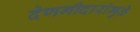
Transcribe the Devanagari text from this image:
देणगीदारांमुळे